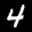
Label: 4